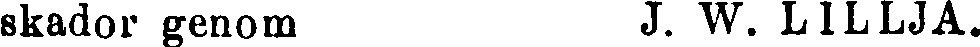
skador genom J. W. LILLJA.